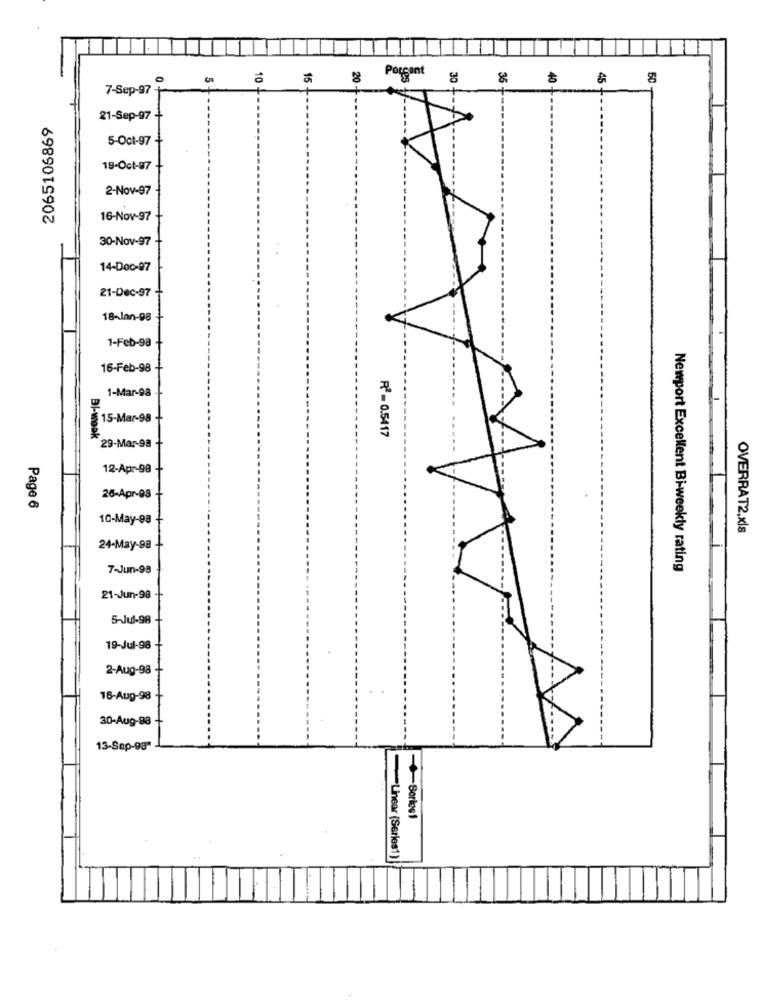
10
30
50
7-Sep-97 -
2065106869
21-Sep-97
5-Oct-97-
19-Oct-97
2-Nov-97
16-Nov-97
30-Nov-97
14-Doc-97
21-Dec-97
18-Jan-98
1-Feb-98
16-Feb-98
1-Mar-98
15-Mar-98
R2 - 0.5417
BI-wook
29-Mar-98
12-Apr-98
26-Apr-98
Page 6
10-May-98
OVERRAT2.xls
24-May-98
7-Jun-98
Newport Excellent Bi-weekly rating
21-Jun-98
5-Jul-98
19-Jul-98
.
2-Aug-98
16-Aug-98
30-Aug-88
13-Sep-98"
-+Sortes1
Linear (Series1)